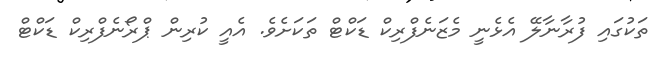
ތަކުގައި ފުރާނާލޭ އެޅެނީ މެޒަނެފްރިކް ޑަކްޓް ތަކަށެވެ. އެއީ ކުރިން ޕްރޯނެފްރިކް ޑަކްޓް